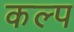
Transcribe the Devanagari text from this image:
कल्‍प